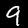
Label: 9